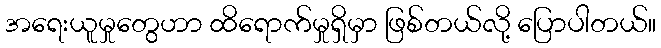
အရေးယူမှုတွေဟာ ထိရောက်မှုရှိမှာ ဖြစ်တယ်လို့ ပြောပါတယ်။